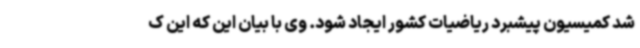
شد کمیسیون پیشبرد ریاضیات کشور ایجاد شود. وی با بیان این که این ک